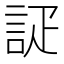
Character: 𮘇